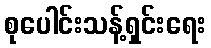
စုပေါင်းသန့်ရှင်းရေး